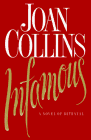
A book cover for Infamous; Joan Collins; Literature & Fiction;